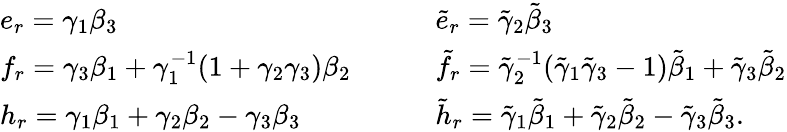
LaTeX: \begin{array}{ll}{e_{r}=\gamma_{1}\beta_{3}}&{\tilde{e}_{r}=\tilde{\gamma}_{2}\tilde{\beta}_{3}}\\ {f_{r}=\gamma_{3}\beta_{1}+\gamma_{1}^{-1}(1+\gamma_{2}\gamma_{3})\beta_{2}{\quad\quad}}&{\tilde{f}_{r}=\tilde{\gamma}_{2}^{-1}(\tilde{\gamma}_{1}\tilde{\gamma}_{3}-1)\tilde{\beta}_{1}+\tilde{\gamma}_{3}\tilde{\beta}_{2}}\\ {h_{r}=\gamma_{1}\beta_{1}+\gamma_{2}\beta_{2}-\gamma_{3}\beta_{3}}&{\tilde{h}_{r}=\tilde{\gamma}_{1}\tilde{\beta}_{1}+\tilde{\gamma}_{2}\tilde{\beta}_{2}-\tilde{\gamma}_{3}\tilde{\beta}_{3}.}\end{array}